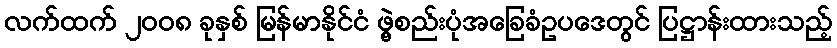
လက်ထက် ၂၀၀၈ ခုနှစ် မြန်မာနိုင်ငံ ဖွဲ့စည်းပုံအခြေခံဥပဒေတွင် ပြဋ္ဌာန်းထားသည့်